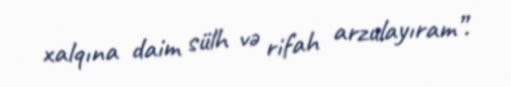
xalqına daim sülh və rifah arzulayıram”.